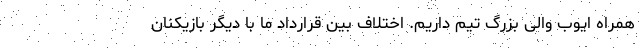
همراه ایوب والی بزرگ تیم داریم. اختلاف بین قرارداد ما با دیگر بازیکنان